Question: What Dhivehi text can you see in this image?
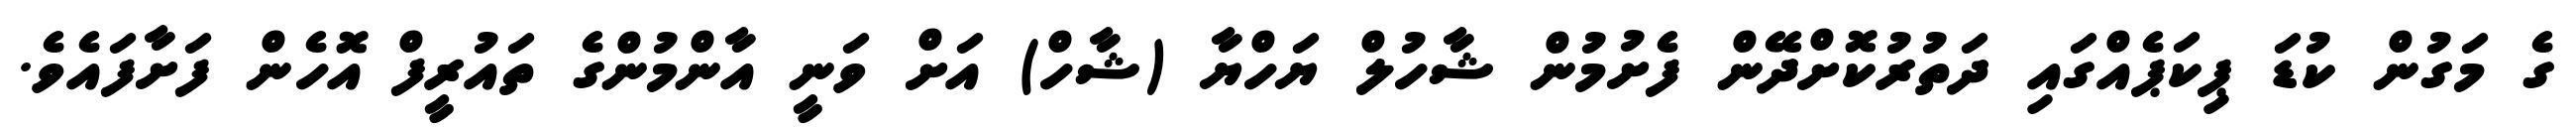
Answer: ގެ މަގުން ކުޑަ ޕިކަޕެއްގައި ދަތުރުކޮށްދޭން ފެށުމުން ޝާހުލް ޔަހްޔާ (ޝާހް) އަށް ވަނީ އާންމުންގެ ތައުރީފް އޮހެން ފަށާފައެވެ.